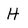
Character: H